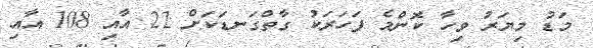
މަޑު މިޔަރު ވިހާ ކޮންމެ ފަހަރަކު ގާތްގަނޑަކަށް 22 އާއި 108 އާއި